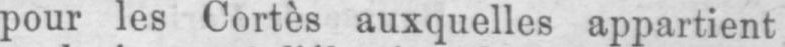
pour les Cortes auxquelles appartient